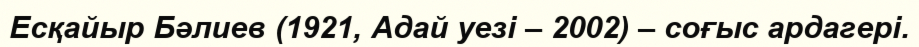
Есқайыр Бәлиев (1921, Адай уезі – 2002) – соғыс ардагері.